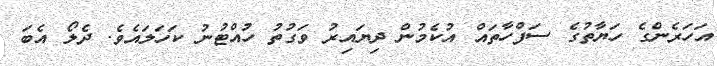
އަހަރެންގެ ހަޔާތުގެ ސަފްހާތައް އުކެމުން ދިޔައިރު ވަގުތު ހުއްޓުނު ކަހަލައެވެ. ދެލޯ އެބަ